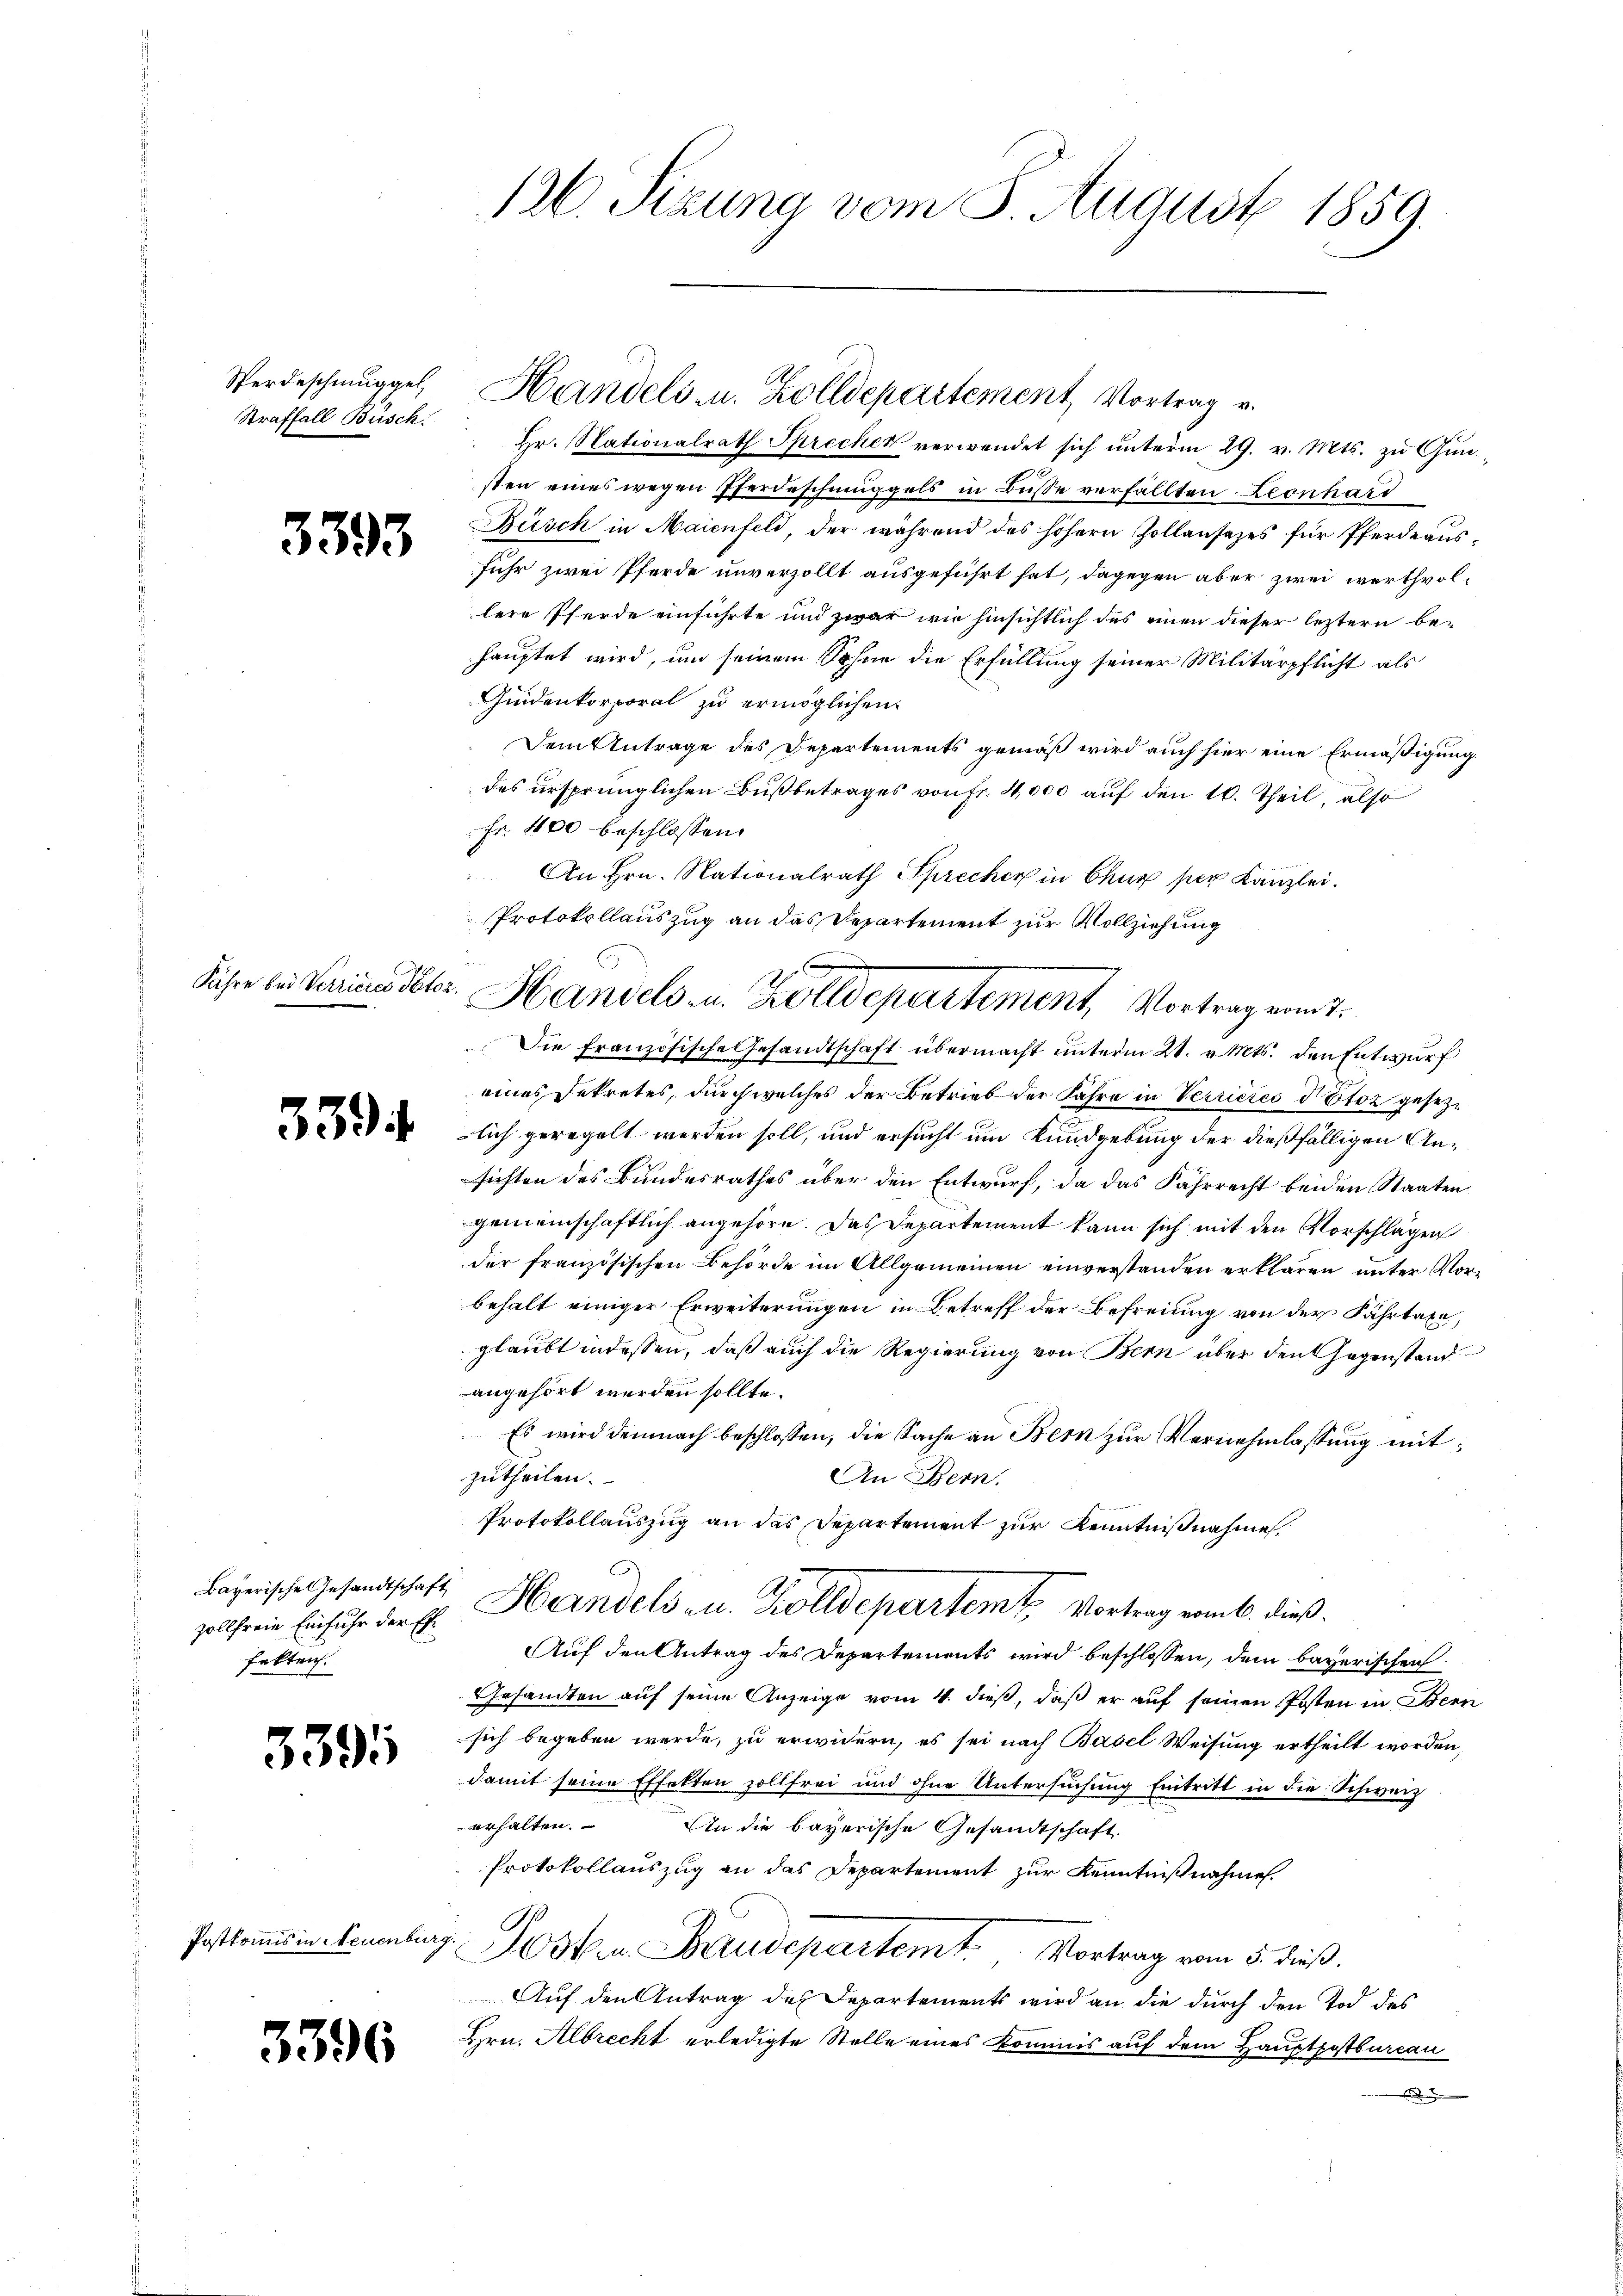
Verdeschmuggel,
Straffall Busch.

3393

Jahre bei Verrieres Pator

539

zollfreie Einfuhr der Erfekten.

3395

Postkonis in Neuenburg.

3396

hr. Nationalrath Sprecher verwendet sich ŭnterm 29. v. Mts. zŭ Gŭn-
sten eines wegen Pferdeschmuggels in Busse verfällten Leonhard
Büsch in Maienfeld, der während des höhern Zollausezes für Pferdeausfuhr zwei Pferde unverzollt ausgeführt hat, dagegen aber zwei werthvollere Pferde einführte und zwar wie hinsichtlich des einen dieser leztern behauptet wird, um seinem Sohne die Erfüllung seiner Militärpflicht als
Gindenkorporal zu ermöglichen
Dem Antrage des Departements gemäß wird auch hier eine Ermäßigung
des ursprünglichen Bußbetrages von Fr. 4000 auf den 10. Theil, also
Fr. 400 beschlossen:
An Hrn. Nationalrath Sprecher in Chur per Kanzlei.
Protokollauszug an das Departement zur Vollziehung
Die französische Gesandtschaft übermacht unterm 21. v. Mts. den Entwurf
eines Dekretes, durch welches der Betrieb der Jahre in Verrieres détoz gesezlich geregelt werden soll, und ersucht um Kundgebung der dießfälligen Ansichten des Bundesrathes über den Entwurf, da das Fahrrecht beiden Staaten
gemeinschaftlich angehöre. Das Departement kann sich mit den Vorschlägen
der französischen Behörde im Allgemeinen einverstanden erklären, unter Vorbehalt einiger Erweiterungen in Betreff der Befreiung von der Fahrtaxa,
glaubt indessen, daß auch die Regierung von Bern über den Gegenstand
angehört werden sollte.
Es wird demnach beschlossen, die Sache an Bern zur Vernehmlassung mitzutheilen.
An Bern.
Protokollauszug an das Departement zur Kenntnißnahme
bayrische Gesandtschaft Handels zu. Zolldepartemt Vortrag vom 6. dieß.
Auf den Antrag des Departements wird beschlossen, dem bayerischen
Gesandten auf seine Anzeige vom 4. dieß, daß er auf seinen Posten in Bern
sich begeben werde, zu erwidern, es sei nach Basel Weisung ertheilt worden,
damit seine Effekten zollfrei und ohne Untersuchung Eintritt in die Schweiz
erhalten.
An die bayerische Gesandtschaft.
Protokollauszug an das Departement zur Kenntnißnahme.
Posten Baudepartemt. Vortrag vom 5. dieß.
Auf den Antrag des Departements wird an die durch den Tod des
Hrn. Albrecht erledigte Stelle eines Kommis auf dem Hauptpostbureau

126. Sizung vom 3. August 1859.

Handels- u. Zolldepartement, Vortrag v.

Handels u. Zolldepartement, Vortrag samt.